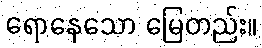
ရောနေသော မြေတည်း။